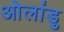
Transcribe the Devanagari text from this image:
ओलांडु